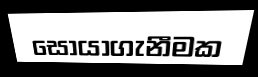
සොයාගැනීමක